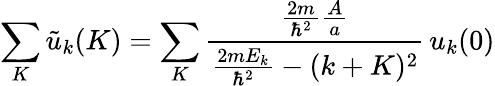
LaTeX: \sum_{K}{\tilde{u}}_{k}(K)=\sum_{K}{\frac{{\frac{2m}{\hbar^{2}}}{\frac{A}{a}}}{{\frac{2mE_{k}}{\hbar^{2}}}-(k+K)^{2}}}\, u_{k}(0)